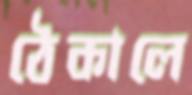
ঠেকালে